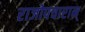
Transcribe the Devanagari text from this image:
राजोपचारान्